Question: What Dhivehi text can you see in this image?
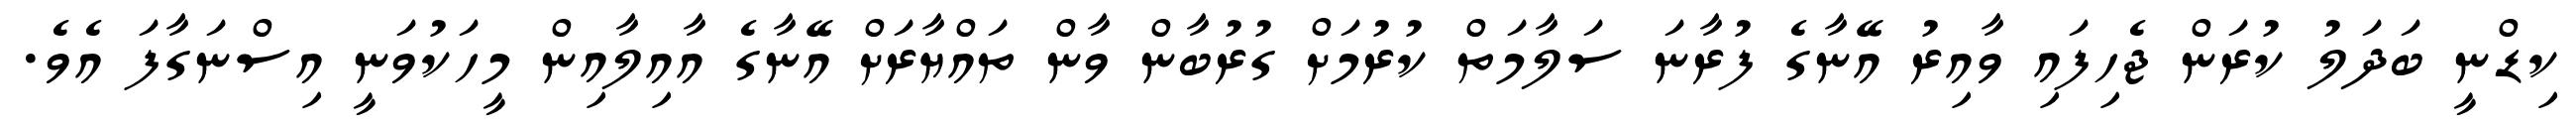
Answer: ކިޑްނީ ބަދަލު ކުރަން ޖެހިފައި ވާއިރު އޭނާގެ ފުރާނަ ސަލާމަތް ކުރުމަށް ގުރުބާން ވާން ތައްޔާރަށް އޭނާގެ އާއިލާއިން މީހަކުވަނީ އިސްނަގާފަ އެވެ.